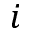
i